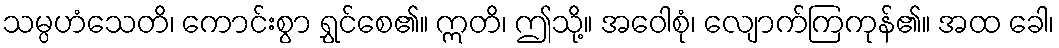
သမ္ပဟံသေတိ၊ ကောင်းစွာ ရွှင်စေ၏။ ဣတိ၊ ဤသို့။ အဝေါစုံ၊ လျောက်ကြကုန်၏။ အထ ခေါ၊